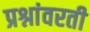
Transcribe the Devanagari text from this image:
प्रश्नांवरती